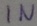
Text: IN